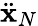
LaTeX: \ddot{\mathbf x}_{N}